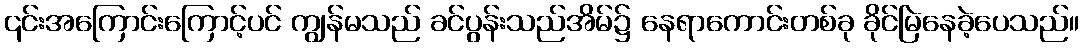
၎င်းအကြောင်းကြောင့်ပင် ကျွန်မသည် ခင်ပွန်းသည်အိမ်၌ နေရာကောင်းတစ်ခု ခိုင်မြဲနေခဲ့ပေသည်။